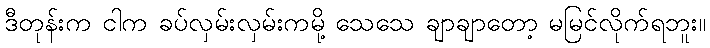
ဒီတုန်းက ငါက ခပ်လှမ်းလှမ်းကမို့ သေသေ ချာချာတော့ မမြင်လိုက်ရဘူး။